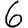
Digit: 6